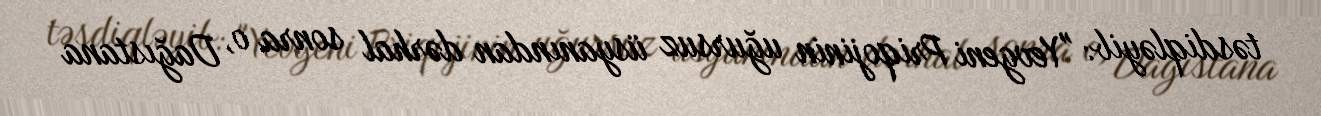
təsdiqləyib: "Yevgeni Priqojinin uğursuz üsyanından dərhal sonra o, Dağıstana